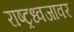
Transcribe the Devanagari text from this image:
राष्ट्रध्वजावर